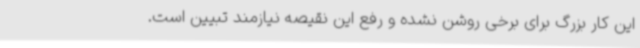
این کار بزرگ برای برخی روشن نشده و رفع این نقیصه نیازمند تبیین است.